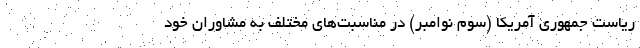
ریاست جمهوری آمریکا (سوم نوامبر) در مناسبت‌های مختلف به مشاوران خود